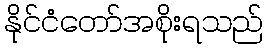
နိုင်ငံတော်အစိုးရသည်